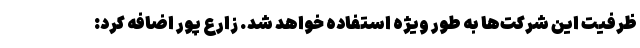
ظرفیت این شرکت‌ها به طور ویژه استفاده خواهد شد. زارع پور اضافه کرد: